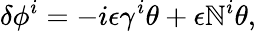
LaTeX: \delta\phi^{i}=-i\epsilon\gamma^{i}\theta+\epsilon\mathbb{N}^{i}\theta,